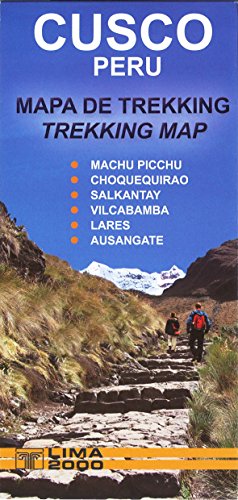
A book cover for Cusco, Peru Trekking Map; Lima 2000; Travel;